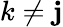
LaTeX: k\neq\mathbf{j}